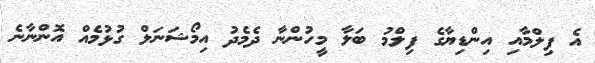
އެ ފިލްމާއި އިންޑިޔާގެ ފިލްމު ބަލާ މީހުންނާ ދެމެދު އިމޯޝަނަލް ގުޅުމެއް އޮންނާނެ